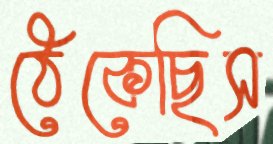
ঠেকেছিস